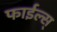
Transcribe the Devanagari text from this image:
फाईल्स्